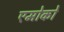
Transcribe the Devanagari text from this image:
एमोको